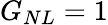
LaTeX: \textit{G}_{NL}=1